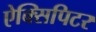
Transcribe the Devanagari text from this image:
ऐक्सिपिटर